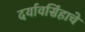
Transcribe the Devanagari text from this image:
दर्यावसिंहाचे